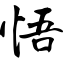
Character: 悟